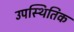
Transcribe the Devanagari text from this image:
उपस्थितिक